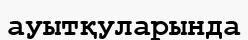
ауытқуларында